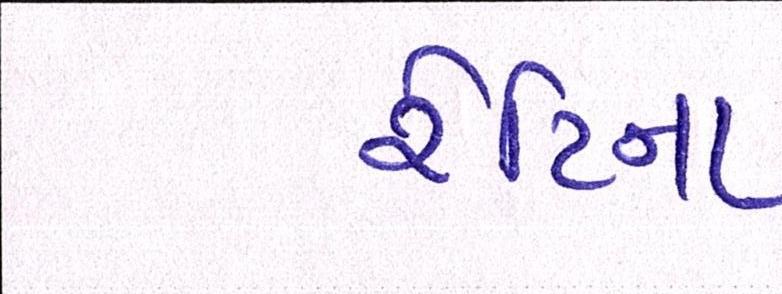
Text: રેટિના